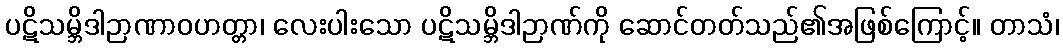
ပဋိသမ္ဘိဒါဉာဏာဝဟတ္တာ၊ လေးပါးသော ပဋိသမ္ဘိဒါဉာဏ်ကို ဆောင်တတ်သည်၏အဖြစ်ကြောင့်။ တာသံ၊